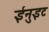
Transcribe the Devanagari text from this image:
ईनुइट